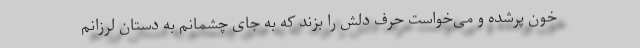
خون پُرشده و می‌خواست حرف دلش را بزند که به جای چشمانم به دستان لرزانم